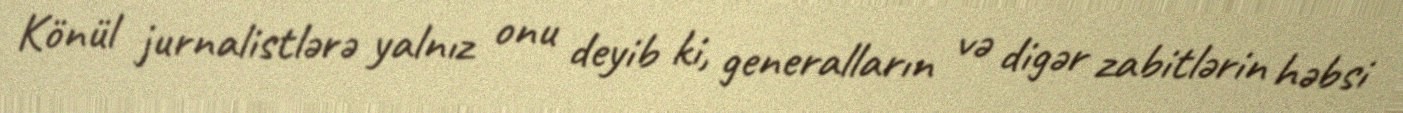
Könül jurnalistlərə yalnız onu deyib ki, generalların və digər zabitlərin həbsi